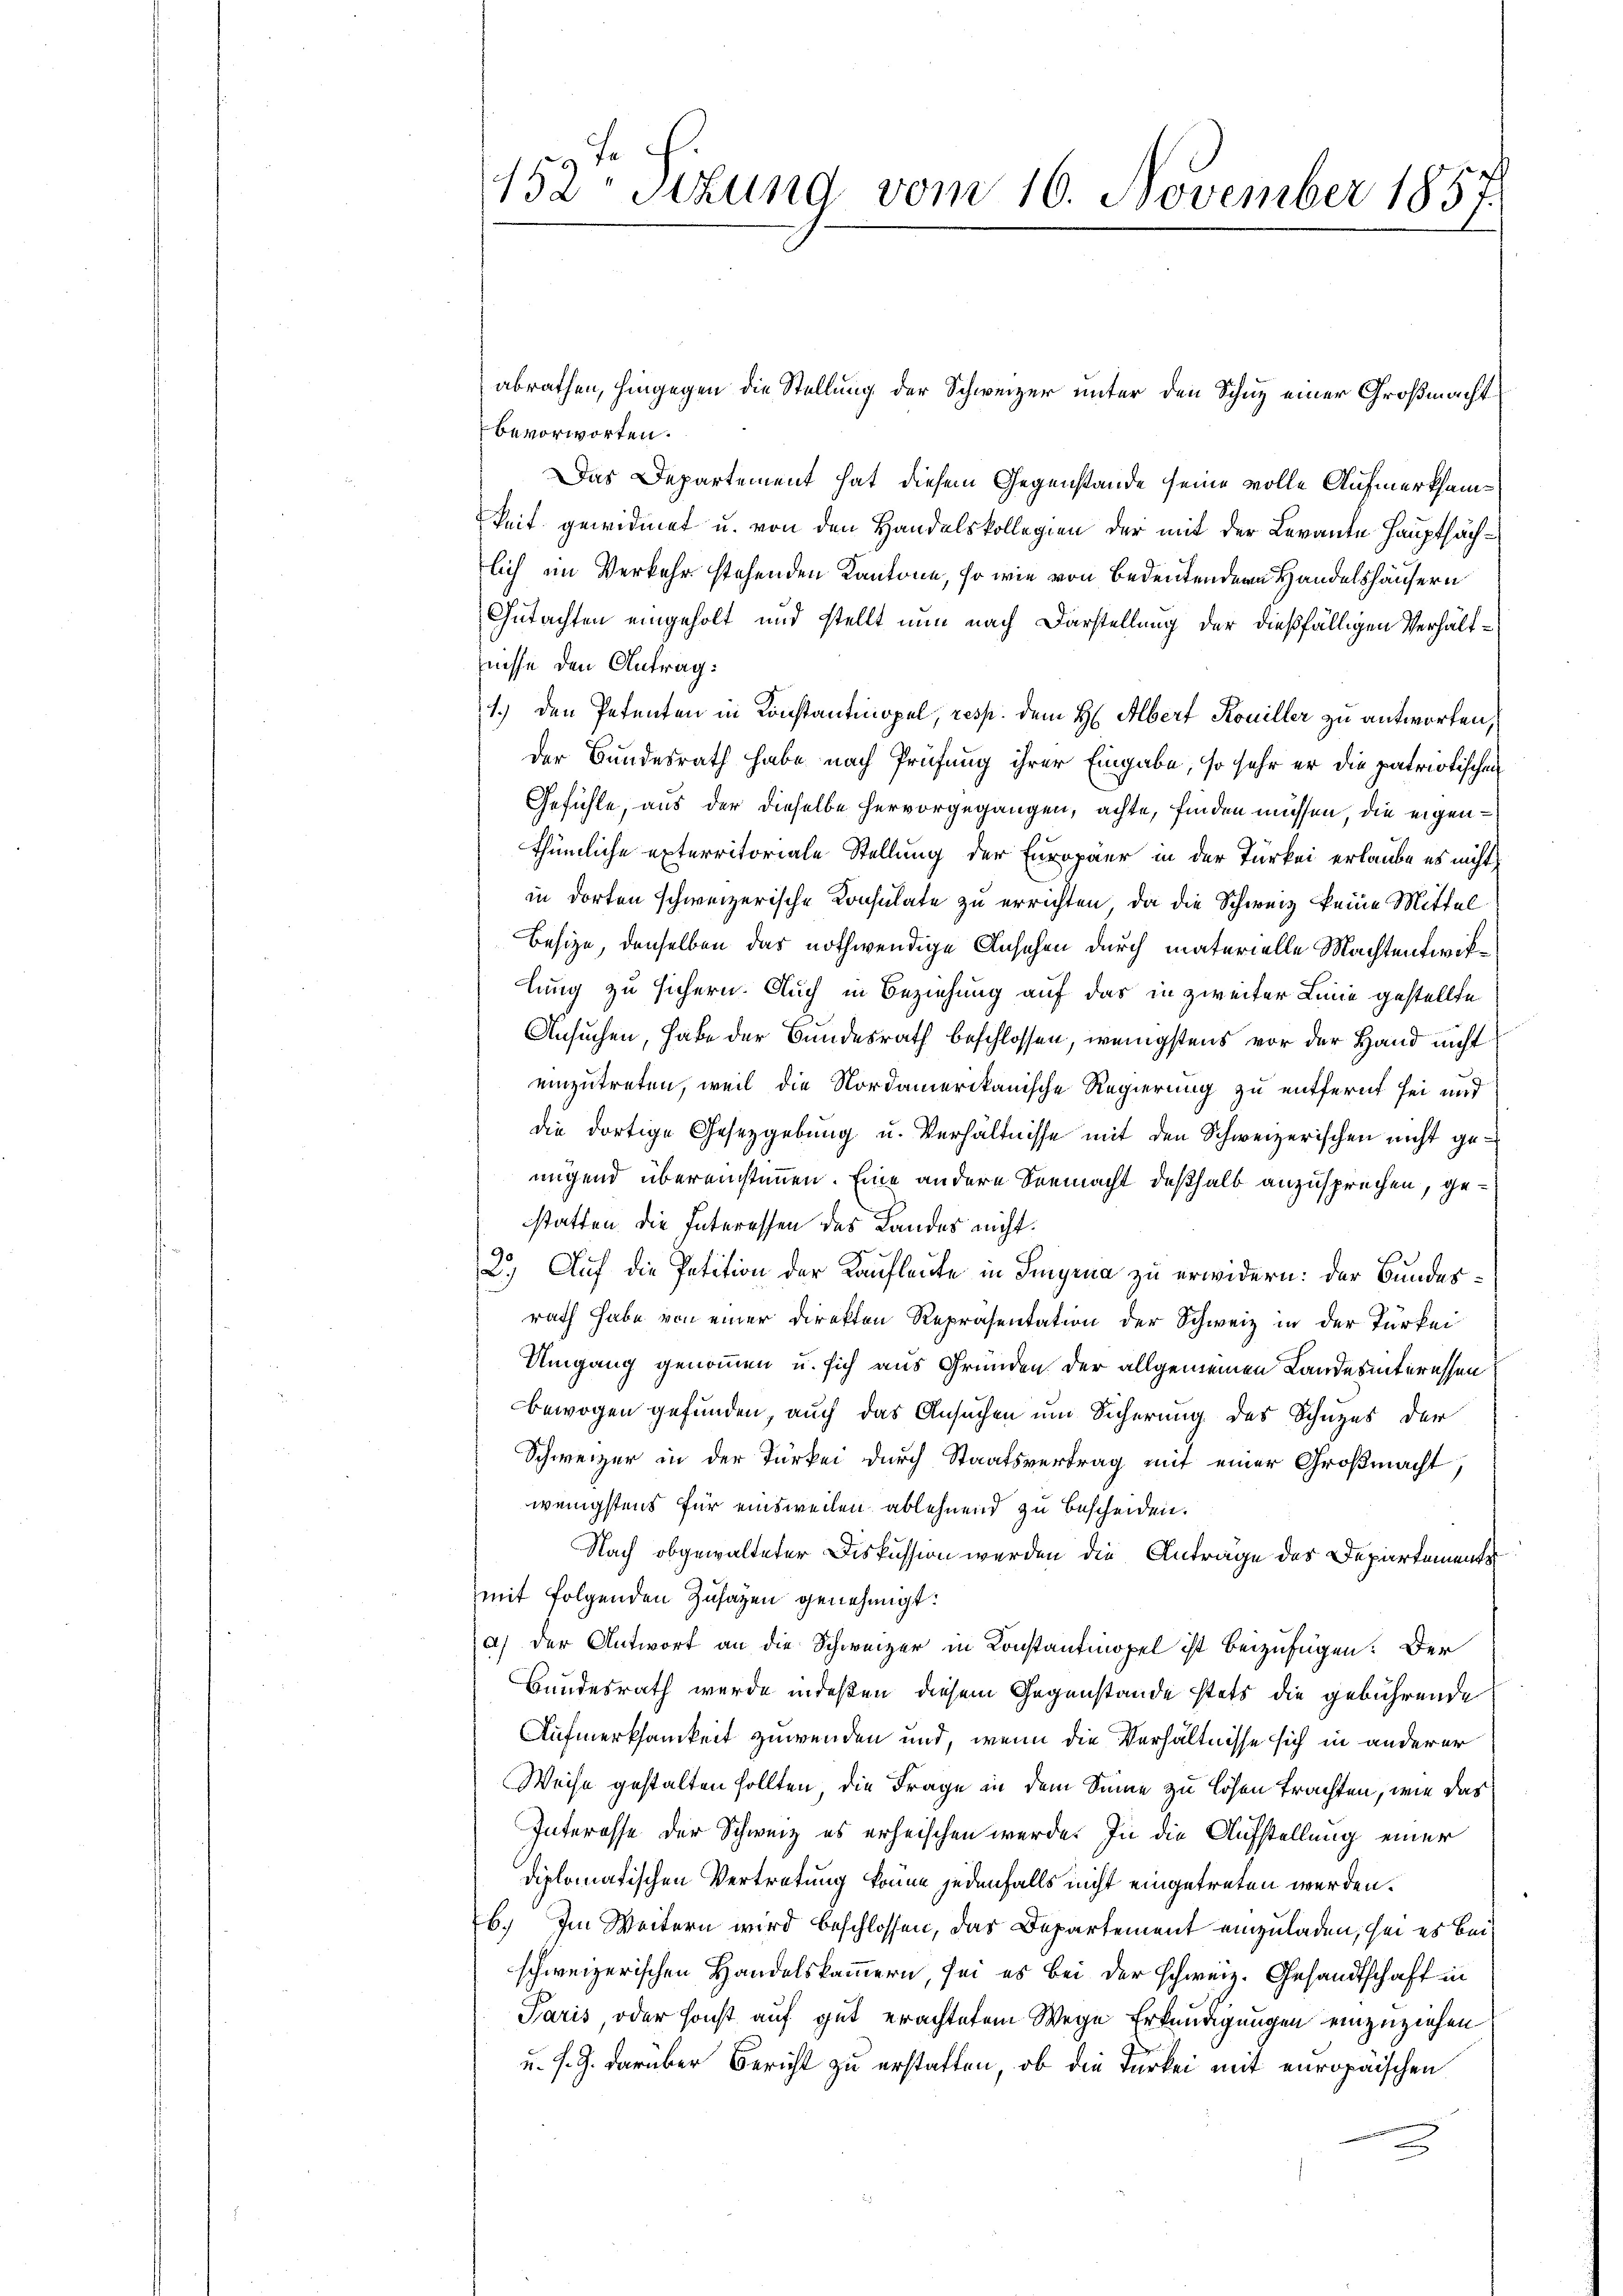
152 Sitzung vom 16. November 1857

abrathen, hingegen die Stellung der Schweizer unter den Schuz einer Großmacht
bevorworten.
Das Departement hat diesem Gegenstände seine volle Aufmerksamkeit gewidmet u. von den Handelskollegien der mit der Levante Hauptsächlich im Verkehr stehenden Kantone, so wie von Bedeutendern Handelshäusern
Gutachten eingeholt und stellt nun nach Darstellung der dießfälligen Verhältfnisse den Antrag:
1.) Den Petenten in Konstantinopel, resp. dem H: Albert Kouiller zu antworten,
der Bundesrath habe nach Prüfung ihrer Eingabe, so sehr er die patriotischen
Gefühle, aus der dieselbe hervorgegangen, achte, finden müssen, die eigenthümliche exterritoriale Stellung der Europäer in der Türkei erlaube es nicht
in dorten schweizerische Consulate zu errichten, da die Schweiz keine Mittel
Besize, denselben das nothwendige Ansehen durch materielle Machtentwirlung zu sichern. Auch in Beziehung auf das in zweiter Linie gestellte
Ansuchen, habe der Bundesrath beschlossen, wenigstens vor der Hand nicht
einzutreten, weil die Nordamerikanische Regierung zu entfernt sei und
die dortige Gesetzgebung u. Verhältnisse mit den Schweizerischen nicht genigend übereinstimmen. Eine andere Seemacht deßhalb anzusprechen, gestatten die Interessen des Landes nicht.
2.) Auf die Petition der Kaufleute in Signa zu erwidern: der Bundesrath habe von einer Direkten Repräsentation der Schweiz in der Türkei
Umgang genommen u. sich aus Gründen der allgemeinen Lande sinteressen
Bewogen gefunden, auch das Ansuchen um Sicherung des Schuzes der
Schweizer in der Türkei durch Staatsvertrag mit einer Großmacht,
wenigstens für einsweilen ablehnend zu bescheiden.
Nach obgewalteter Diskussion werden die Anträge des Departemente
mit folgenden Zusagen genehmigt:
a) der Antwort an die Schweizer in Constantinopel ist beizufügen: Der
Bundesrath wurde indeßen diesem Gegenstände stets die gebührende
Aufmerksamkeit zuwenden und, wenn die Verhältnisse sich in anderer
Weise gestalten sollten, die Frage in dem Sinne zu lösen trachten, wie das
Interesse der Schweiz es erheischen werde. In die Aufstellung einer
diplomatischen Vertretung könne jedenfalls nicht eingetreten werden.
b. Im Weitern wird beschlossen, das Departement einzuladen, sei es bei
schweizerischen Handelskammern, sei es bei der schweiz. Gesandtschaft in
Paris, oder sonst auf gut erachtetem Wege Erkundigungen einzuziehen
u. s. Z. darüber Bericht zu erstatten, ob die Türkei mit europäischen
e